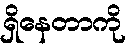
ရှိနေတာကို